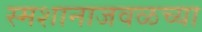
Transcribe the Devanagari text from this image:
स्मशानाजवळच्या